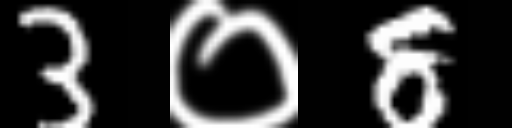
Text: 3०8